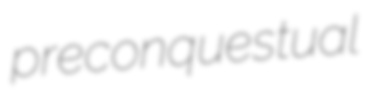
preconquestual